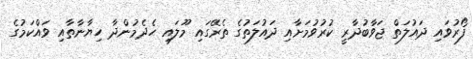
ފޯރުވައި ދައުލަތް ޖަވާބުދާރީ ކުރުވުމަށާއި ދައުލަތުގެ ތެރޭގައި މޫލައި ހެދެމުންދާ ހިޔާނާތާއި ވައްކަމުގެ